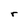
Character: r